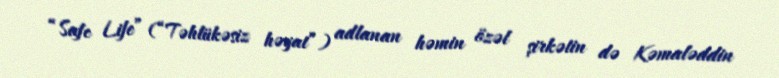
“Safe Life” (“Təhlükəsiz həyat”) adlanan həmin özəl şirkətin də Kəmaləddin